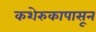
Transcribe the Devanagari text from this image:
कशेरुकापासून